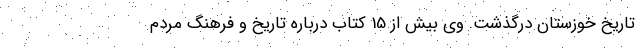
تاریخ خوزستان درگذشت. وی بیش از 15 کتاب درباره تاریخ و فرهنگ مردم